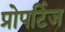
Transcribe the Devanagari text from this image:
प्रोपर्टिज